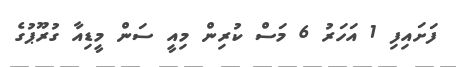
ފަށައިފި 1 އަހަރު 6 މަސް ކުރިން މިއީ ސަން މީޑިއާ ގުރޫޕުގެ